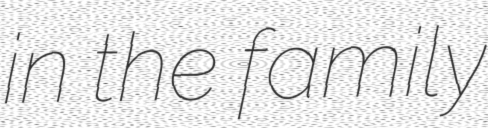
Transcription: in the family